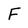
Character: F